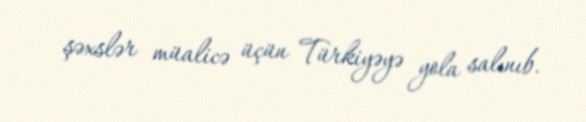
şəxslər müalicə üçün Türkiyəyə yola salınıb.